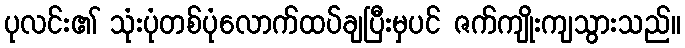
ပုလင်း၏ သုံးပုံတစ်ပုံလောက်ထပ်ချပြီးမှပင် ဇက်ကျိုးကျသွားသည်။